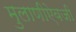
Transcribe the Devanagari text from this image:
मुलाणीऐवजी